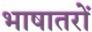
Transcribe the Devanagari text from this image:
भाषातरों